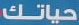
حياتك